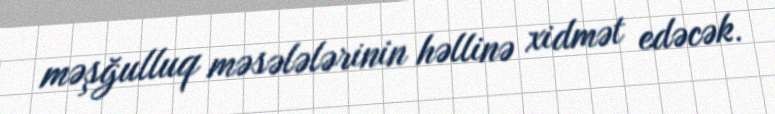
məşğulluq məsələlərinin həllinə xidmət edəcək.